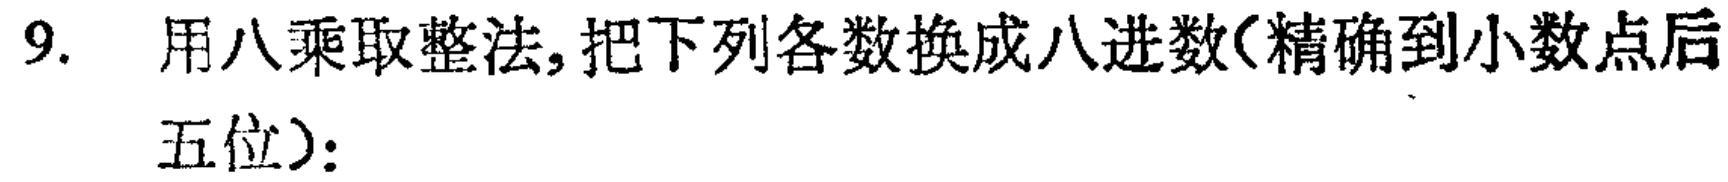
9. 用八乘取整法,把下列各数换成八进数(精确到小数点后五位)：